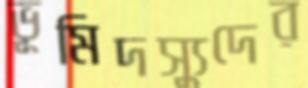
ভূমিদস্যুদের